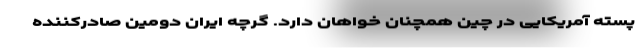
پسته آمریکایی در چین همچنان خواهان دارد. گرچه ایران دومین صادرکننده